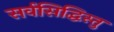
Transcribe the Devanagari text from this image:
सर्वसिद्धिस्तु